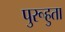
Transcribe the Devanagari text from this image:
पुरूहुता